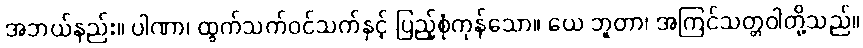
အဘယ်နည်း။ ပါဏာ၊ ထွက်သက်ဝင်သက်နှင့် ပြည့်စုံကုန်သော။ ယေ ဘူတာ၊ အကြင်သတ္တဝါတို့သည်။